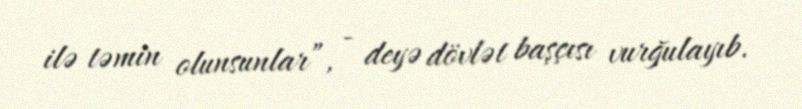
ilə təmin olunsunlar”, - deyə dövlət başçısı vurğulayıb.